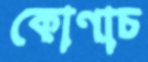
কোণাচ